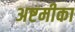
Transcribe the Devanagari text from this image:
अष्टमीका